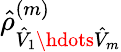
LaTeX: \hat{\rho}_{\hat{V}_{1}\hdots\hat{V}_{m}}^{(m)}